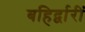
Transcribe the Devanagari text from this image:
बहिर्द्वारीं